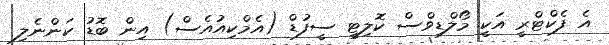
އެ ފެކްޓްރީ އަކީ މޯލްޑިވްސް ކޮލިޓީ ސީފުޑް (އެމްކިއުއެސް) އިން ބޮޑު ކަންނެލި